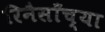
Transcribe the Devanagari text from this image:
रिनैसाँच्या